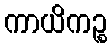
ကာယိကဉ္စ